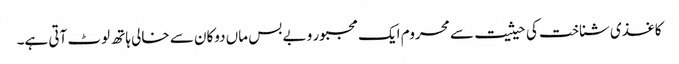
کاغذی شناخت کی حیثیت سے محروم ایک مجبور و بے بس ماں دوکان سے خالی ہاتھ لوٹ آتی ہے۔